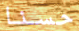
حسنا